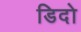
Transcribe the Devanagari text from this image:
डिदो